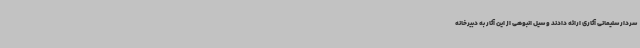
سردار سلیمانی آثاری ارائه دادند و سیل انبوهی از این آثار به دبیرخانه